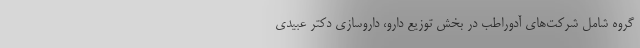
گروه شامل شرکت‌های آدوراطب در بخش توزیع دارو، داروسازی دکتر عبیدی